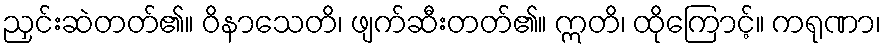
ညှင်းဆဲတတ်၏။ ဝိနာသေတိ၊ ဖျက်ဆီးတတ်၏။ ဣတိ၊ ထိုကြောင့်။ ကရုဏာ၊